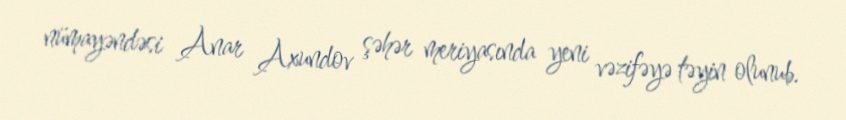
nümayəndəsi Anar Axundov şəhər meriyasında yeni vəzifəyə təyin olunub.